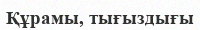
Құрамы, тығыздығы